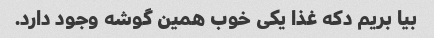
بیا بریم دکه غذا یکی خوب همین گوشه وجود دارد.